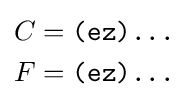
{\begin{aligned}C&={\texttt {(ez)...}}\\F&={\texttt {(ez)...}}\\\end{aligned}}